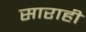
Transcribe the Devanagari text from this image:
साराही